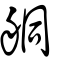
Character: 𦨴